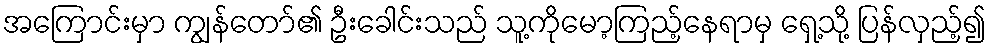
အကြောင်းမှာ ကျွန်တော်၏ ဦးခေါင်းသည် သူ့ကိုမော့ကြည့်နေရာမှ ရှေ့သို့ ပြန်လှည့်၍